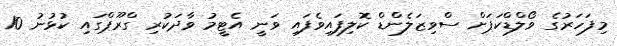
މިފަހަރުގެ ވޯލްޑްކަޕަށް ސްވިޒަލެންޑް ކޮލިފައިވެފައި ވަނީ އެޓީމު ވާދަކުރި ގްރޫޕްގައި ކުޅުނު 10